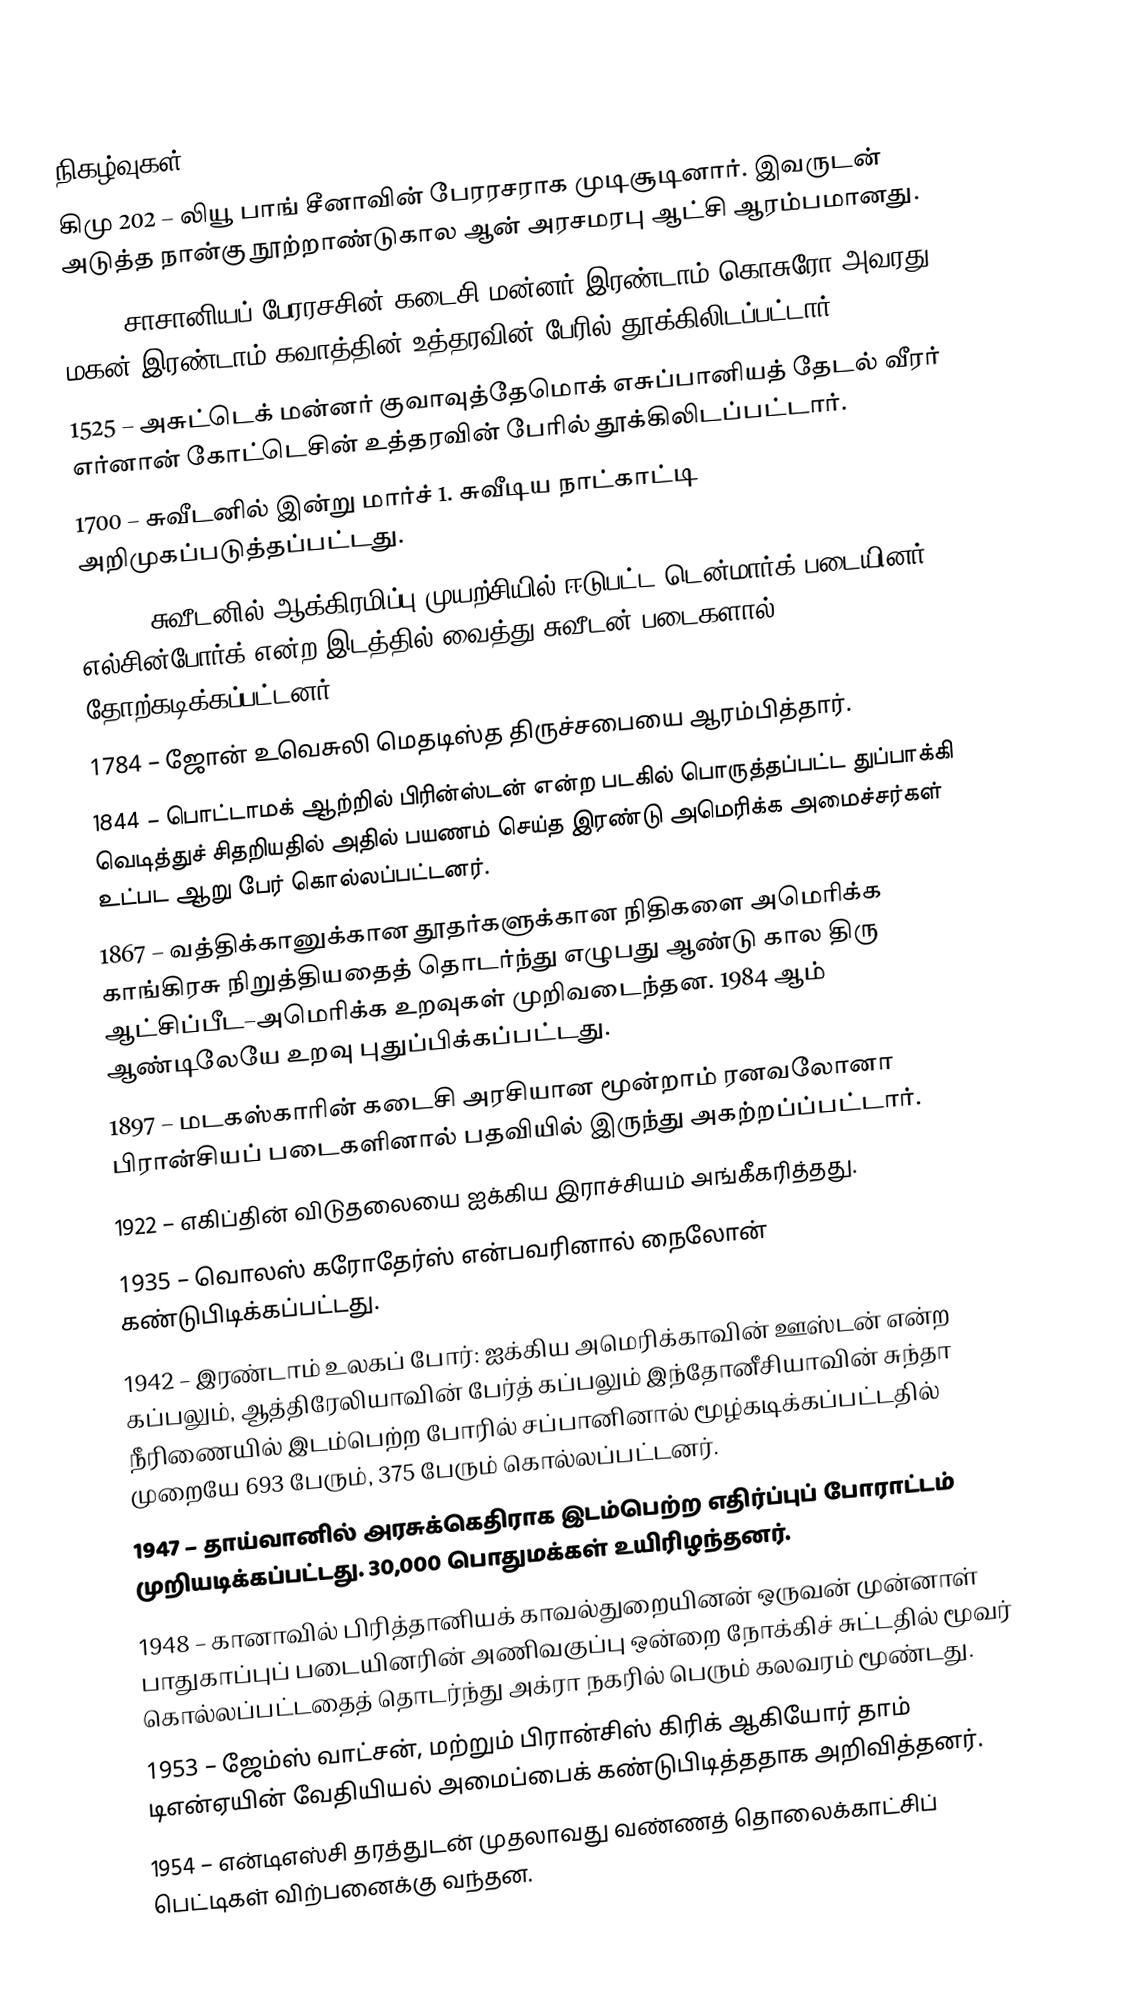

நிகழ்வுகள்
கிமு 202 – லியூ பாங் சீனாவின் பேரரசராக முடிசூடினார். இவருடன் அடுத்த நான்கு நூற்றாண்டுகால ஆன் அரசமரபு ஆட்சி ஆரம்பமானது.
 628 – சாசானியப் பேரரசசின் கடைசி மன்னர் இரண்டாம் கொசுரோ அவரது மகன் இரண்டாம் கவாத்தின் உத்தரவின் பேரில் தூக்கிலிடப்பட்டார்.
1525 – அசுட்டெக் மன்னர் குவாவுத்தேமொக் எசுப்பானியத் தேடல் வீரர் எர்னான் கோட்டெசின் உத்தரவின் பேரில் தூக்கிலிடப்பட்டார்.
1700 – சுவீடனில் இன்று மார்ச் 1. சுவீடிய நாட்காட்டி அறிமுகப்படுத்தப்பட்டது.
1710 – சுவீடனில் ஆக்கிரமிப்பு முயற்சியில் ஈடுபட்ட டென்மார்க் படையினர் எல்சின்போர்க் என்ற இடத்தில் வைத்து சுவீடன் படைகளால் தோற்கடிக்கப்பட்டனர்.
1784 – ஜோன் உவெசுலி மெதடிஸ்த திருச்சபையை ஆரம்பித்தார்.
1844 – பொட்டாமக் ஆற்றில் பிரின்ஸ்டன் என்ற படகில் பொருத்தப்பட்ட துப்பாக்கி வெடித்துச் சிதறியதில் அதில் பயணம் செய்த இரண்டு அமெரிக்க அமைச்சர்கள் உட்பட ஆறு பேர் கொல்லப்பட்டனர்.
1867 – வத்திக்கானுக்கான தூதர்களுக்கான நிதிகளை அமெரிக்க காங்கிரசு நிறுத்தியதைத் தொடர்ந்து எழுபது ஆண்டு கால திரு ஆட்சிப்பீட–அமெரிக்க உறவுகள் முறிவடைந்தன. 1984 ஆம் ஆண்டிலேயே உறவு புதுப்பிக்கப்பட்டது.
1897 – மடகஸ்காரின் கடைசி அரசியான மூன்றாம் ரனவலோனா பிரான்சியப் படைகளினால் பதவியில் இருந்து அகற்றப்ப்பட்டார்.
1922 – எகிப்தின் விடுதலையை ஐக்கிய இராச்சியம் அங்கீகரித்தது.
1935 – வொலஸ் கரோதேர்ஸ் என்பவரினால் நைலோன் கண்டுபிடிக்கப்பட்டது.
1942 – இரண்டாம் உலகப் போர்: ஐக்கிய அமெரிக்காவின் ஊஸ்டன் என்ற கப்பலும், ஆத்திரேலியாவின் பேர்த் கப்பலும் இந்தோனீசியாவின் சுந்தா நீரிணையில் இடம்பெற்ற போரில் சப்பானினால் மூழ்கடிக்கப்பட்டதில் முறையே 693 பேரும், 375 பேரும் கொல்லப்பட்டனர்.
1947 – தாய்வானில் அரசுக்கெதிராக இடம்பெற்ற எதிர்ப்புப் போராட்டம் முறியடிக்கப்பட்டது. 30,000 பொதுமக்கள் உயிரிழந்தனர்.
1948 – கானாவில் பிரித்தானியக் காவல்துறையினன் ஒருவன் முன்னாள் பாதுகாப்புப் படையினரின் அணிவகுப்பு ஒன்றை நோக்கிச் சுட்டதில் மூவர் கொல்லப்பட்டதைத் தொடர்ந்து அக்ரா நகரில் பெரும் கலவரம் மூண்டது.
1953 – ஜேம்ஸ் வாட்சன், மற்றும் பிரான்சிஸ் கிரிக் ஆகியோர் தாம் டிஎன்ஏயின் வேதியியல் அமைப்பைக் கண்டுபிடித்ததாக அறிவித்தனர்.
1954 – என்டிஎஸ்சி தரத்துடன் முதலாவது வண்ணத் தொலைக்காட்சிப் பெட்டிகள் விற்பனைக்கு வந்தன.